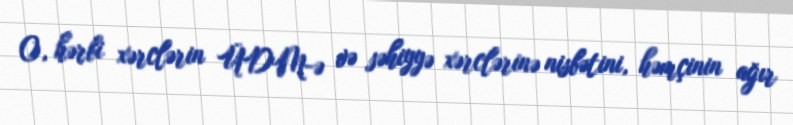
O, hərbi xərclərin ÜDM-ə və səhiyyə xərclərinə nisbətini, həmçinin ağır